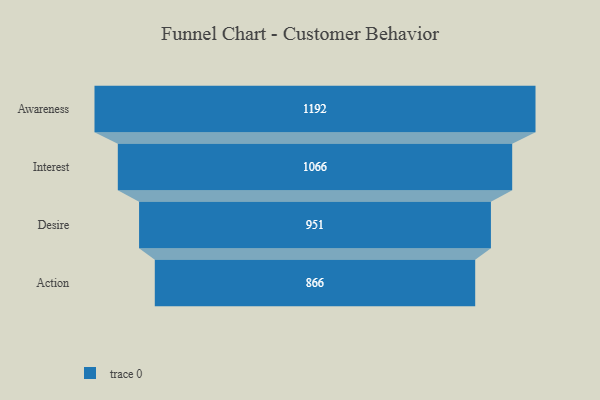
{"axis": {"x": "Stage", "y": "Value"}, "legend": [""], "data": [{"x": "Awareness", "y": 1192.0, "type": ""}, {"x": "Interest", "y": 1066.0, "type": ""}, {"x": "Desire", "y": 951.0, "type": ""}, {"x": "Action", "y": 866.0, "type": ""}]}